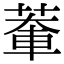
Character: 𫈹